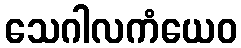
သေဂါလကံယေဝ